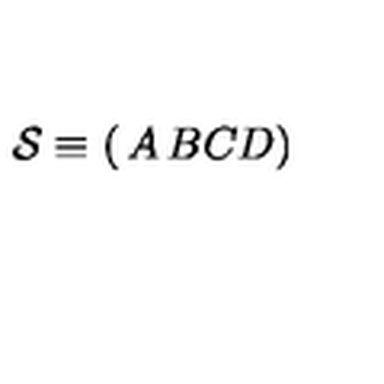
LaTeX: { \cal S } \equiv \left( \begin{matrix} { A } & { B } \\ { C } & { D } \\ \end{matrix} \right)